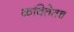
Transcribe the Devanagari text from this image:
कवितेतच